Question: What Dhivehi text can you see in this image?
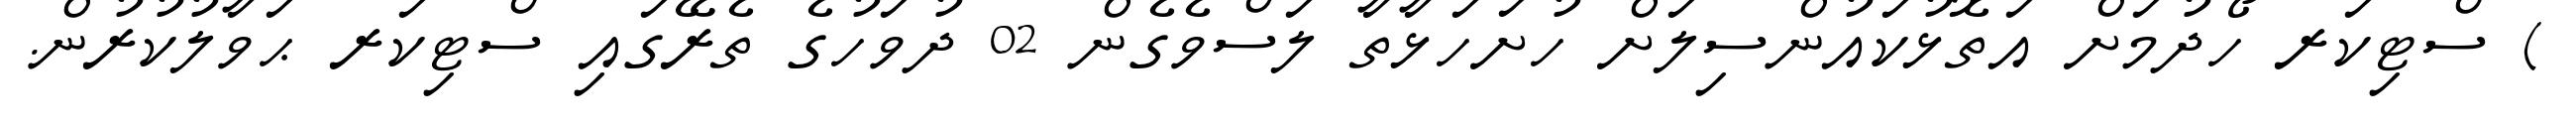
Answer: ) ސްޓިކަރ ހޯދުމަށް އަތޮޅުކައުންސިލަށް ހުށަހަޅާތާ ލަސްވެގެން 02 ދުވަހުގެ ތެރޭގައި ސްޓިކަރ ޙަވާލުކުރުން.